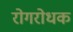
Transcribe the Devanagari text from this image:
रोगरोधक